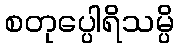
စတုပ္ပေါရိသမ္ပိ